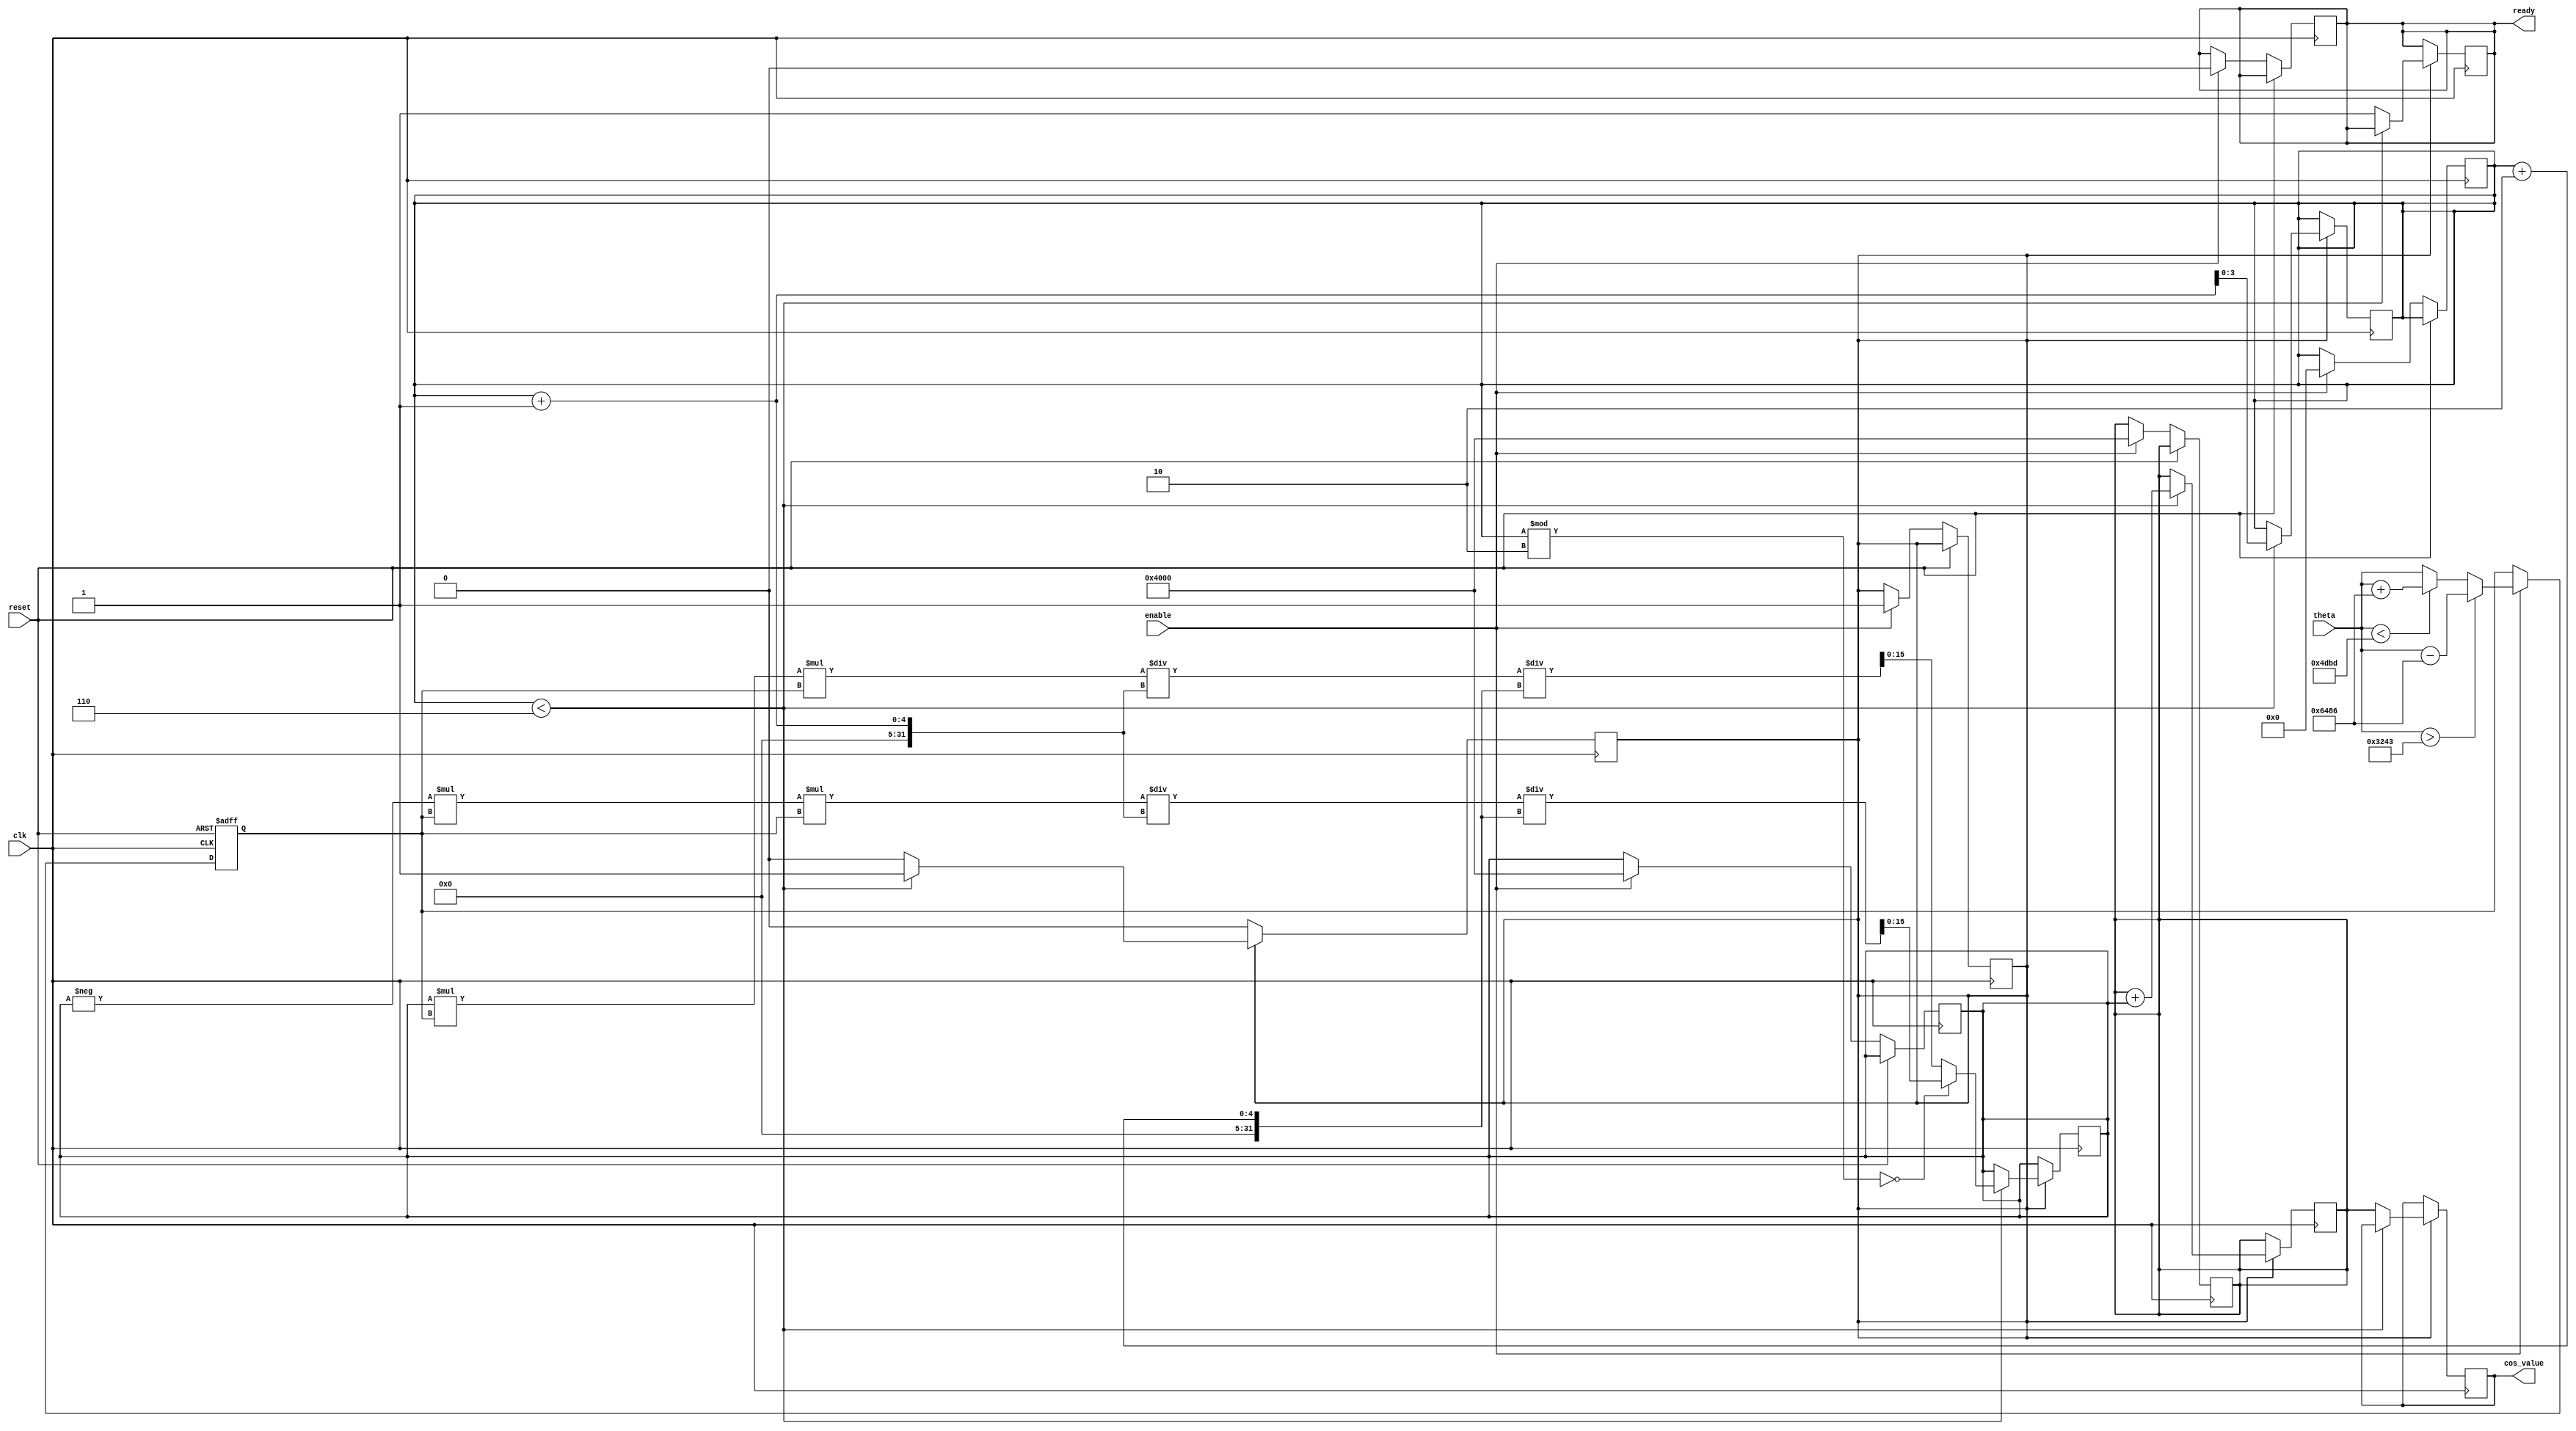
module cosine_block (
    input wire clk,
    input wire reset,
    input wire enable,
    input wire signed [15:0] theta, // Q1.15 fixed-point input
    output reg signed [15:0] cos_value, // Q1.15 fixed-point output
    output reg ready // Indicates when the output is valid
);

    // Constants for Taylor series expansion
    parameter signed [15:0] FACTOR_2 = 16'h8000; // 1/2 in Q1.15
    parameter signed [15:0] FACTOR_24 = 16'h0001; // 1/24 in Q1.15
    parameter signed [15:0] FACTOR_720 = 16'h0000; // 1/720 in Q1.15
    parameter signed [15:0] PI = 16'h3243; //  in Q1.15
    parameter signed [15:0] TWO_PI = 16'h6486; // 2 in Q1.15

    // Internal registers
    reg signed [15:0] x; // Normalized input
    reg signed [15:0] term; // Current term in Taylor series
    reg signed [15:0] sum; // Accumulated sum
    reg [3:0] count; // Counter for terms in Taylor series
    reg computing; // State flag for computation

    // Range reduction to [-, ]
    always @(posedge clk or posedge reset) begin
        if (reset) begin
            x <= 0;
        end else if (enable) begin
            // Normalize theta to the range [-, ]
            if (theta > PI) begin
                x <= theta - TWO_PI;
            end else if (theta < -PI) begin
                x <= theta + TWO_PI;
            end else begin
                x <= theta;
            end
            computing <= 1;
            count <= 0;
            sum <= 16'h4000; // Start with 1 in Q1.15
            term <= 16'h4000; // First term is 1
            ready <= 0;
        end
    end

    // Compute cosine using Taylor series
    always @(posedge clk) begin
        if (computing) begin
            if (count < 6) begin // Compute up to 6 terms
                // Calculate the next term
                if (count % 2 == 0) begin
                    term <= -term * x * x / (count + 1) / (count + 2); // Even terms
                end else begin
                    term <= term * x * x / (count + 1) / (count + 2); // Odd terms
                end
                sum <= sum + term; // Update sum
                count <= count + 1; // Increment term count
            end else begin
                cos_value <= sum; // Final cosine value
                ready <= 1; // Indicate computation is complete
                computing <= 0; // Reset computing state
            end
        end
    end

endmodule